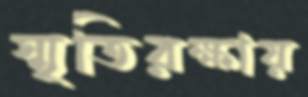
স্মৃতিরক্ষায়